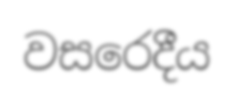
වසරෙදීය